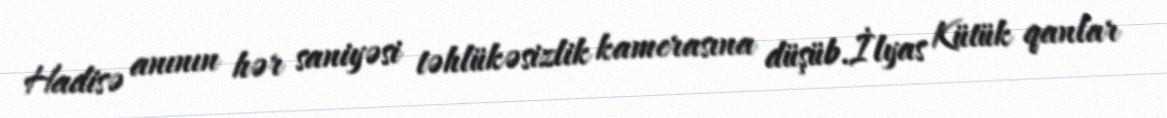
Hadisə anının hər saniyəsi təhlükəsizlik kamerasına düşüb.İlyas Kütük qanlar